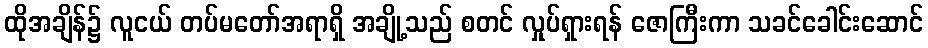
ထိုအချိန်၌ လူငယ် တပ်မတော်အရာရှိ အချို့သည် စတင် လှုပ်ရှားရန် ဇောကြီးကာ သခင်ခေါင်းဆောင်